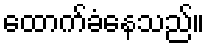
ထောက်ခံနေသည်။